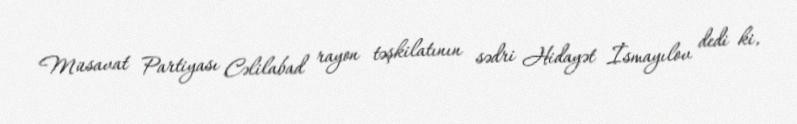
Müsavat Partiyası Cəlilabad rayon təşkilatının sədri Hidayət İsmayılov dedi ki,